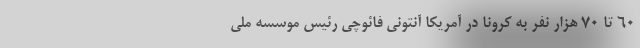
۶۰ تا ۷۰ هزار نفر به کرونا در آمریکا آنتونی فائوچی رئیس موسسه ملی